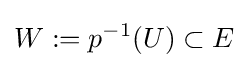
W:=p^{-1}(U)\subset E